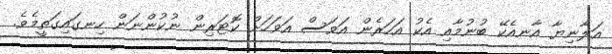
އަލާނިޔާ އާނއެކޭ ބުނުމާއި އެކު އަހަރެން އަވަސް އަވަހަށް ކޮޓަރިން ނުކުންނަން ހިނގައިގަތީމެވެ.